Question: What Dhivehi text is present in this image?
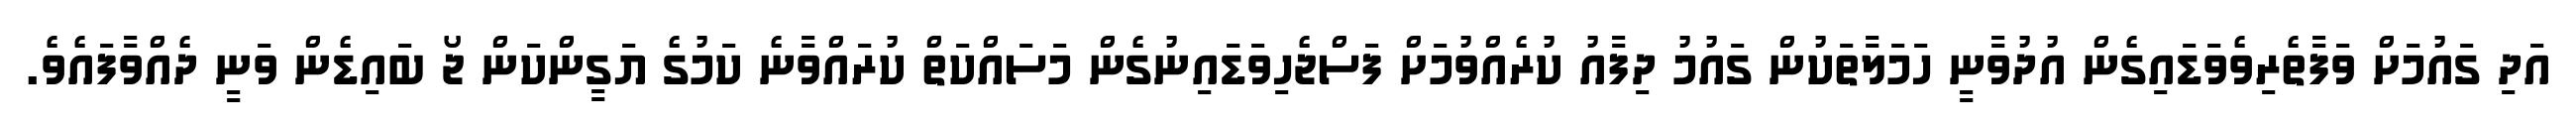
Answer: އަދި ގައުމަށް ވަފާތެރިވެވަޑައިގެން އުދުވާނީ ހަމަލާތަކުން ގައުމު ދިފާއު ކުރެއްވުމަށް ފަސްޖެހިވަޑައިނުގެން މަސައްކަތް ކުރައްވާނެ ކަމުގެ ޔަގީންކަން ޖޯ ބައިޑެން ވަނީ ދެއްވާފައެވެ.